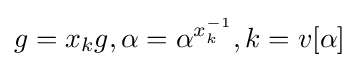
g={x_{k}}g,\alpha =\alpha ^{x_{k}^{-1}},k=v[\alpha ]